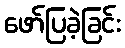
ဖော်ပြခဲ့ခြင်း